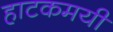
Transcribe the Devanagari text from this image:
हाटकमयी